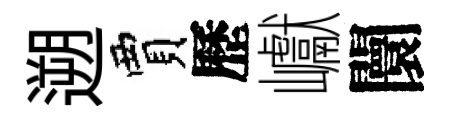
遡賈歷巘闤